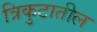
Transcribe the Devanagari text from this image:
त्रिकुटातील